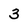
Character: 3